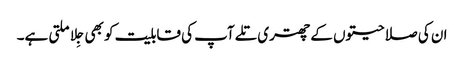
ان کی صلاحیتوں کے چھتری تلے آپ کی قابلیت کو بھی جِلا ملتی ہے۔